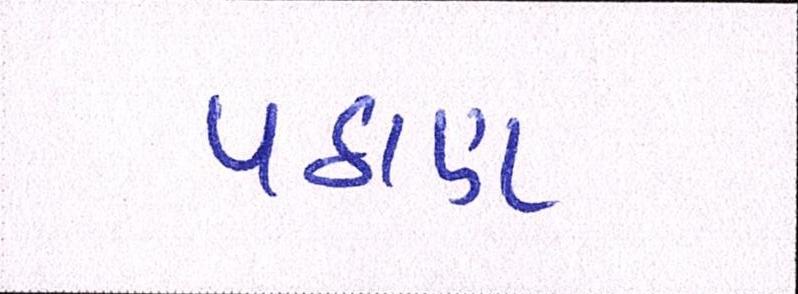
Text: પઠાણ